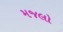
મજલો